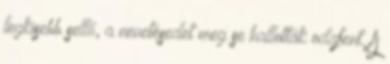
legkisebb sellő, a nevetésedet meg se hallották odafent. A